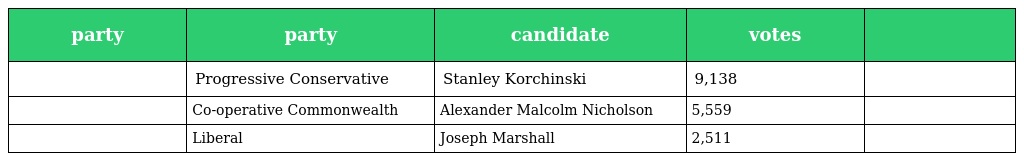
| party | party | candidate | votes |  |
 | --- | --- | --- | --- | --- |
 |  | Progressive Conservative | Stanley Korchinski | 9,138 |  |
 |  | Co-operative Commonwealth | Alexander Malcolm Nicholson | 5,559 |  |
 |  | Liberal | Joseph Marshall | 2,511 |  |